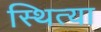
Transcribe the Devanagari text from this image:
स्थित्या